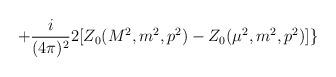
LaTeX: \begin{align*}+\frac{i}{(4\pi )^{2}}2[Z_{0}(M^{2},m^{2},p^{2})-Z_{0}(\mu^{2},m^{2},p^{2})]\}\end{align*}